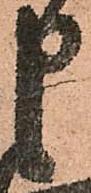
申